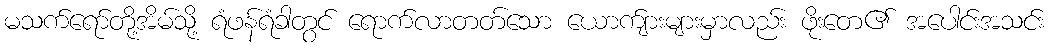
မသက်ရော်တို့အိမ်သို့ ရံဖန်ရံခါတွင် ရောက်လာတတ်သော ယောက်ျားများမှာလည်း ဖိုးတေ၏ အပေါင်းအသင်း